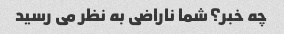
چه خبر؟ شما ناراضی به نظر می رسید